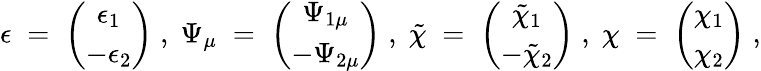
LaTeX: \epsilon\; =\; \left(\begin{array}{c}{{\epsilon_{1}}}\\ {{-\epsilon_{2}}}\end{array}\right)\; ,\; \Psi_{\mu}\; =\; \left(\begin{array}{c}{{\Psi_{1\mu}}}\\ {{-\Psi_{2\mu}}}\end{array}\right)\; ,\; \tilde{\chi}\; =\; \left(\begin{array}{c}{{\tilde{\chi}_{1}}}\\ {{-\tilde{\chi}_{2}}}\end{array}\right)\; ,\; \chi\; =\; \left(\begin{array}{c}{{\chi_{1}}}\\ {{\chi_{2}}}\end{array}\right)\; ,